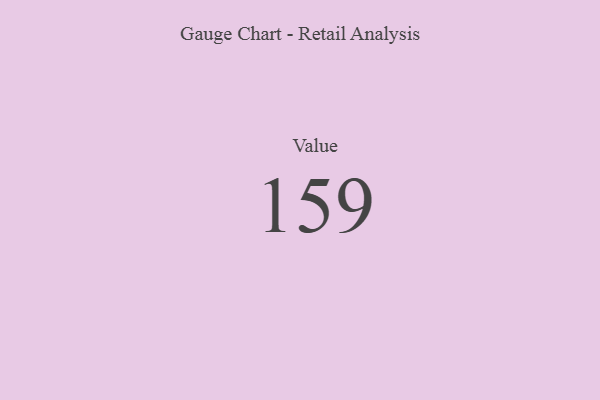
{"axis": {"x": "Metric", "y": "Value"}, "legend": [""], "data": [{"x": "Value", "y": 159, "type": ""}]}